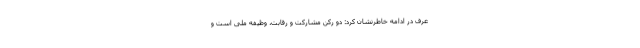
عرف در ادامه خاطرنشان کرد: دو رکن مشارکت و رقابت، وظیفه ملی است و